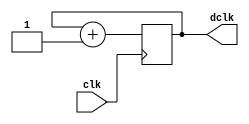
`timescale 1ns / 1ps
//////////////////////////////////////////////////////////////////////////////////
// Company: 
// Engineer: 
// 
// Design Name: 
// Module Name:    Divisor50 
// Project Name: 
// Target Devices: 
// Tool versions: 
// Description: 
//
// Dependencies: 
//
// Revision: 
// Revision 0.01 - File Created
// Additional Comments: 
//
//////////////////////////////////////////////////////////////////////////////////
module clockdiv(
	input wire clk,		//master clock 100MHz
	output wire dclk		//pixel clock 50MHz
	);

//-- Numero de bits del prescaler (por defecto)
parameter N = 1;// Prescaler de 1 bit para dividir entre 2

//-- Registro para implementar contador de N bits
reg [N-1:0] count = 0;

//-- El bit ms significativo se saca por la salida
assign dclk = count[N-1];

//-- Contador se incrementa en flanco de subida
always @(posedge clk) begin
  count = count + 1'b1;
end

endmodule